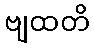
ဗျထတိ